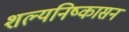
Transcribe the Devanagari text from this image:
शल्यनिष्कासन